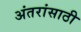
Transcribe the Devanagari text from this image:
अंतरांसाठी